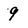
Character: 9